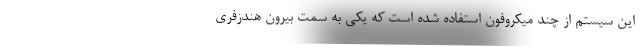
این سیستم از چند میکروفون استفاده شده است که یکی به سمت بیرون هندزفری